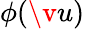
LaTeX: \phi(\v u)